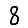
Digit: 8